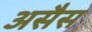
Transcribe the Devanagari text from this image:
असैस